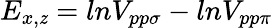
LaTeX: E_{x,\mathit{z}}=lnV_{pp\sigma}-lnV_{pp\pi}